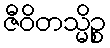
ဇီဝိတသ္မိဉ္စ